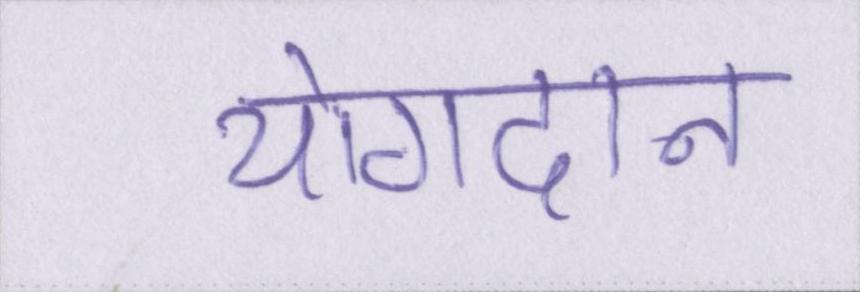
योगदान